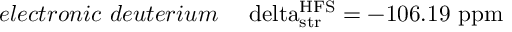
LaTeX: e l e c t r o n i c ~ d e u t e r i u m ~ ~ ~ \mathrm { \ d e l t a _ { s t r } ^ { H F S } = - 1 0 6 . 1 9 ~ p p m }